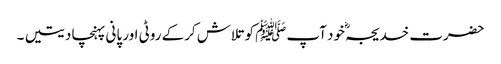
حضرت خدیجہؓ خود آپﷺ کوتلاش کرکے روٹی اور پانی پہنچا دیتیں ۔